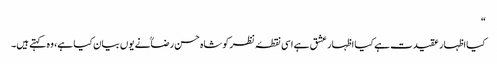
“
کیااظہار عقیدت ہے کیا اظہار عشق ہے اسی نقطۂ نظر کو شاہ حسن رضاؒنے یوں بیان کیا ہے، وہ کہتے ہیں۔